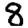
Digit: 8